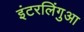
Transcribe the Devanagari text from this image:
इंटरलिंगुआ